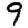
Digit: 9